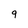
Character: 9